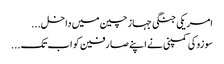
امریکی جنگی جہاز چین میں داخل...
سو زوکی کمپنی نے اپنے صا رفین کو اب تک...